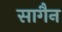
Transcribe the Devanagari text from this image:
सागैन